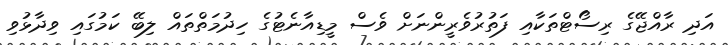
އަދި ރާއްޖޭގެ ރިސޯޓްތަކާއި ފަތުރުވެރީންނަށް ވެސް މީޑިއާނެޓުގެ ހިދުމަތްތައް ލިބޭ ކަމުގައި ވިދާޅުވި